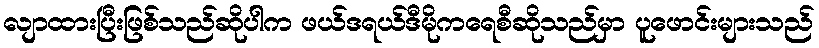
လျာထားပြီးဖြစ်သည်ဆိုပါက ဖယ်ဒရယ်ဒီမိုကရေစီဆိုသည်မှာ ပူဖောင်းများသည်